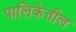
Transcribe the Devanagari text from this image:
पालिकेतील